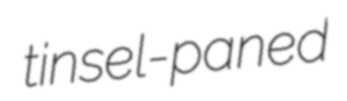
tinsel-paned